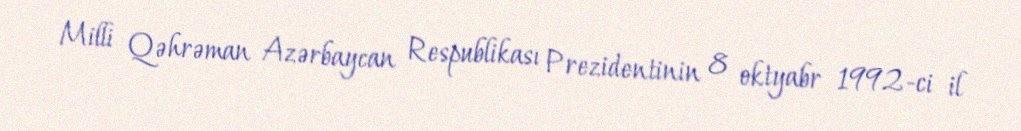
Milli Qəhrəman Azərbaycan Respublikası Prezidentinin 8 oktyabr 1992-ci il